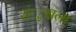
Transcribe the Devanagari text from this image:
शंृखला